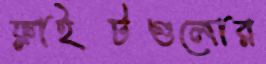
ফ্লাইটগুলোর